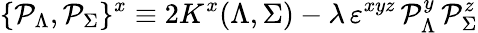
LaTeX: \{ {\cal P}_{\Lambda},{\cal P}_{\Sigma}\} ^{x}\equiv 2K^{x}(\Lambda,\Sigma)-{{\lambda}}\, \varepsilon^{xyz}\, {\cal P}_{\Lambda}^{y}\, {\cal P}_{\Sigma}^{z}